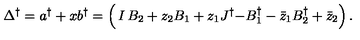
\Delta ^ { \dagger } = a ^ { \dag } + x b ^ { \dag } = \left( \begin{matrix} { I } & { B _ { 2 } + z _ { 2 } } & { B _ { 1 } + z _ { 1 } } \\ { J ^ { \dagger } } & { - B _ { 1 } ^ { \dagger } - \bar { z } _ { 1 } } & { B _ { 2 } ^ { \dagger } + \bar { z } _ { 2 } } \\ \end{matrix} \right) .